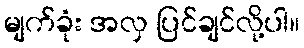
မျက်ခုံး အလှ ပြင်ချင်လို့ပါ။